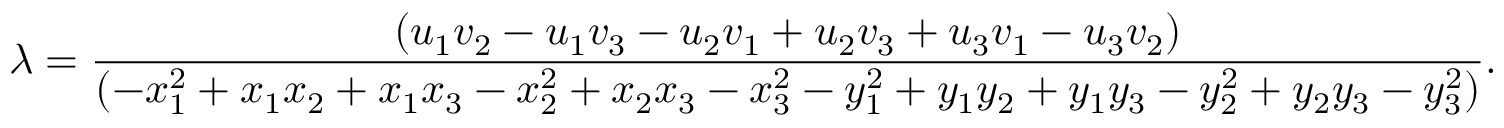
\lambda = \frac { ( u _ { 1 } v _ { 2 } - u _ { 1 } v _ { 3 } - u _ { 2 } v _ { 1 } + u _ { 2 } v _ { 3 } + u _ { 3 } v _ { 1 } - u _ { 3 } v _ { 2 } ) } { ( - x _ { 1 } ^ { 2 } + x _ { 1 } x _ { 2 } + x _ { 1 } x _ { 3 } - x _ { 2 } ^ { 2 } + x _ { 2 } x _ { 3 } - x _ { 3 } ^ { 2 } - y _ { 1 } ^ { 2 } + y _ { 1 } y _ { 2 } + y _ { 1 } y _ { 3 } - y _ { 2 } ^ { 2 } + y _ { 2 } y _ { 3 } - y _ { 3 } ^ { 2 } ) } .